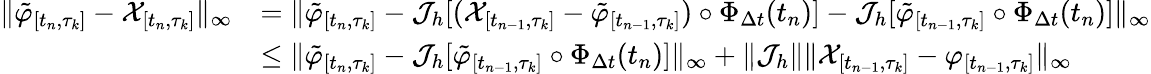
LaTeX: \begin{array}{rl}{\lVert\tilde{\varphi}_{[t_{n},\tau_{k}]}-\mathcal{X}_{[t_{n},\tau_{k}]}\rVert_{\infty}}&{=\lVert\tilde{\varphi}_{[t_{n},\tau_{k}]}-\mathcal{J}_{h}[(\mathcal{X}_{[t_{n-1},\tau_{k}]}-\tilde{\varphi}_{[t_{n-1},\tau_{k}]})\circ\Phi_{\Delta t}(t_{n})]-\mathcal{J}_{h}[\tilde{\varphi}_{[t_{n-1},\tau_{k}]}\circ\Phi_{\Delta t}(t_{n})]\rVert_{\infty}}\\ &{\leq\lVert\tilde{\varphi}_{[t_{n},\tau_{k}]}-\mathcal{J}_{h}[\tilde{\varphi}_{[t_{n-1},\tau_{k}]}\circ\Phi_{\Delta t}(t_{n})]\rVert_{\infty}+\lVert\mathcal{J}_{h}\rVert\lVert\mathcal{X}_{[t_{n-1},\tau_{k}]}-\varphi_{[t_{n-1},\tau_{k}]}\rVert_{\infty}}\end{array}